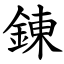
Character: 錬